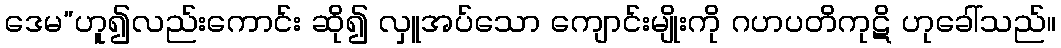
ဒေမ”ဟူ၍လည်းကောင်း ဆို၍ လှူအပ်သော ကျောင်းမျိုးကို ဂဟပတိကုဋိ ဟုခေါ်သည်။